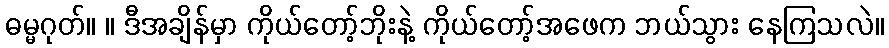
ဓမ္မဂုတ်။ ။ ဒီအချိန်မှာ ကိုယ်တော့်ဘိုးနဲ့ ကိုယ်တော့်အဖေက ဘယ်သွား နေကြသလဲ။